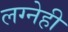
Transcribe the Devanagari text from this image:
लग्नेही